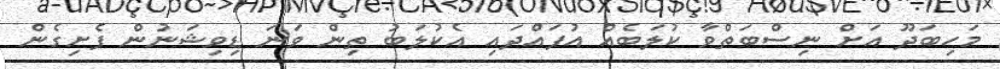
މަހިބަދޫ އަށް ނިސްބަތްވާ ކުލަބެއް އުފައްދައި އެކުލަބު ތިން ވަނަ ޑިވިޝަނުން ފެށިގެން